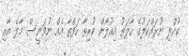
ކުއްލި ނުރައްކަލުގެ ހާލަތު އިއުލާން ކުރިތާ ހަފްތާ އެއް ނުވަނީސް މާލެ އާއި